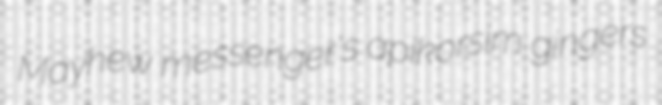
Mayhew messenger's apikorsim gingers